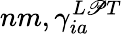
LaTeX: nm,\gamma_{ia}^{L\mathscr{P}T}